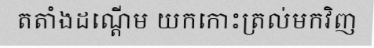
តតាំងដណ្តើម យកកោះត្រល់មកវិញ